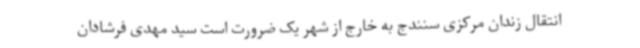
انتقال زندان مرکزی سنندج به خارج از شهر یک ضرورت است سید مهدی فرشادان